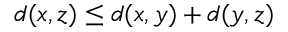
d ( x , z ) \leq d ( x , y ) + d ( y , z )